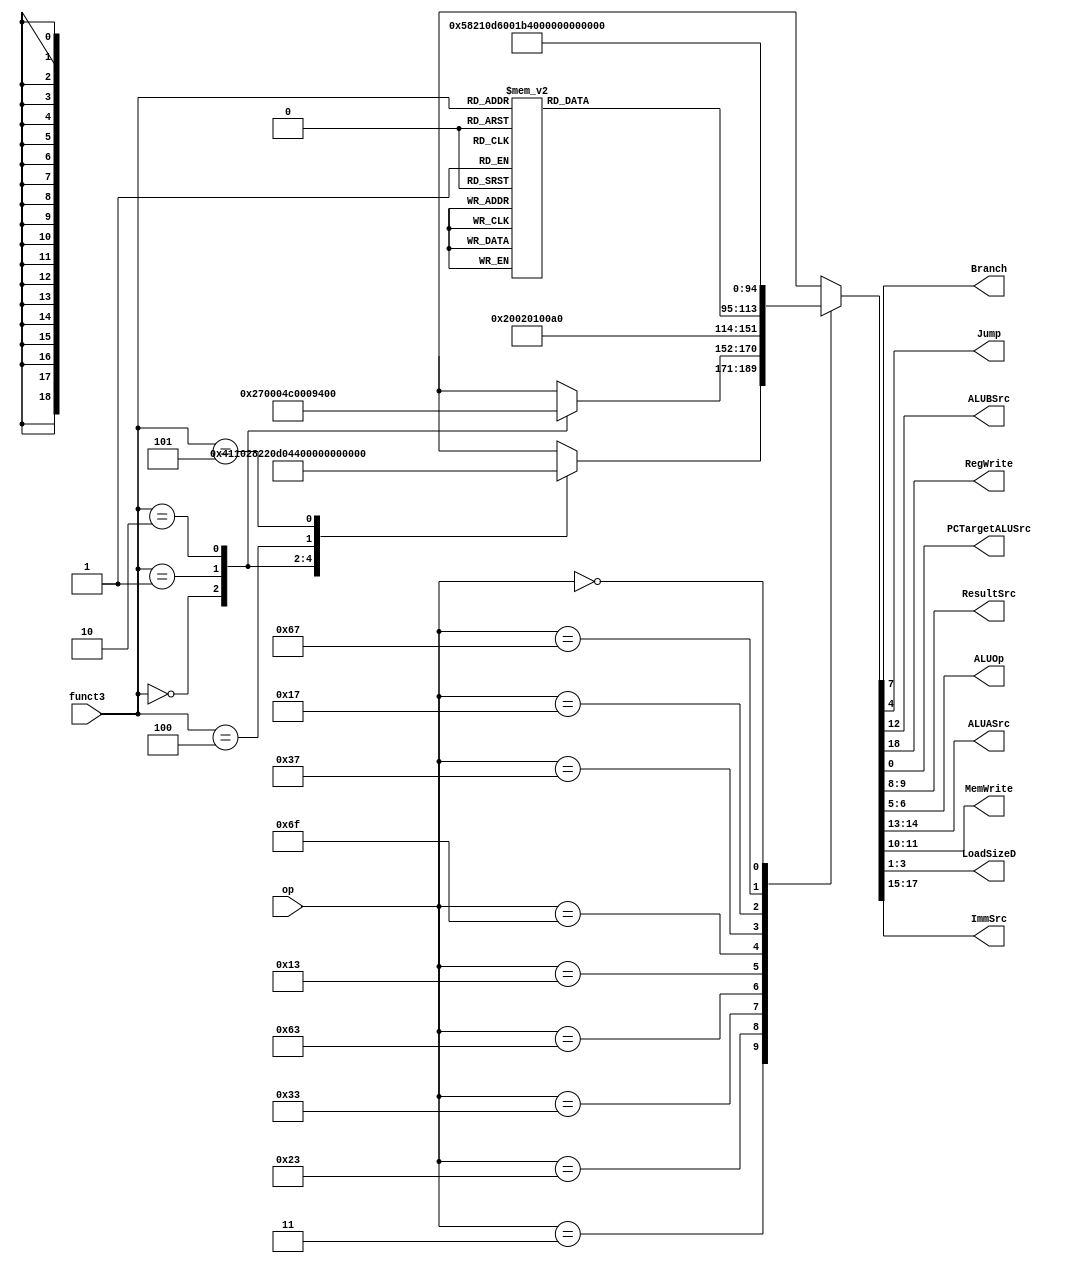
module maindec(							//This will decode what type of instruction we are using
	input   [6:0] op,
	input  [2:0] funct3,
	output reg	       Branch,
					   Jump,
					   ALUBSrc,
					   RegWrite,
					   PCTargetALUSrc,
	output reg [1:0]   ResultSrc,
					   ALUOp,
					   ALUASrc,
					   MemWrite,
	output reg   [2:0] LoadSizeD,ImmSrc
	
);				// Port Declarations

reg [18:0] controls;

always@(*) begin
	{RegWrite, ImmSrc, ALUASrc, ALUBSrc, 
	MemWrite, ResultSrc, Branch, ALUOp, 
	Jump, LoadSizeD,PCTargetALUSrc} = controls;
end
always@(*) begin
	case (op)
		7'b0000011: case(funct3)
						3'b000: controls = 19'b1_000_00_1_00_01_0_00_0_001_0;	//lb
						3'b001: controls = 19'b1_000_00_1_00_01_0_00_0_011_0;	//lh
						3'b010: controls = 19'b1_000_00_1_00_01_0_00_0_000_0;	//lw
						3'b100: controls = 19'b1_000_00_1_00_01_0_00_0_010_0;	//lbu
						3'b101: controls = 19'b1_000_00_1_00_01_0_00_0_100_0;	//lhu
						default:controls = 19'bx_xxx_xx_x_xx_xx_x_xx_x_xxx_x;   //?
					endcase
		7'b0100011: case(funct3)
						3'b000: controls = 19'b0_001_00_1_11_00_0_00_0_000_0;	//sb
						3'b001: controls = 19'b0_001_00_1_10_00_0_00_0_000_0;	//sh
						3'b010: controls = 19'b0_001_00_1_01_00_0_00_0_000_0;	//sw
					    default:controls = 19'bx_xxx_xx_x_xx_xx_x_xx_x_xxx_x;   //?
					endcase
		7'b0110011: 			controls = 19'b1_000_00_0_00_00_0_10_0_000_0;	//R-type
		7'b1100011: 			controls = 19'b0_010_00_0_00_00_1_01_0_000_0;	//beq
		//I-type ALU or shift
		7'b0010011: case (funct3)
						3'b000,3'b010,3'b011,3'b100,3'b110,3'b111: controls = 19'b1_000_00_1_00_00_0_10_0_000_0;	//I-type ALU
						3'b001,3'b101					         : controls = 19'b1_100_00_1_00_00_0_10_0_000_0;	//I-type Shift
						default									 : controls = 19'bx_xxx_xx_x_xx_xx_x_xx_x_xxx_x;	//unknown
					endcase											//I-type shift 
		7'b1101111: 			controls = 19'b1_011_00_0_00_10_0_00_1_000_0;  //jal
		7'b0110111: 			controls = 19'b1_101_01_1_00_00_0_00_0_000_0;  //U-type lui
		7'b0010111: 			controls = 19'b1_101_10_1_00_00_0_00_0_000_0; //U-type auipc
		7'b1100111: 			controls = 19'b1_000_00_1_00_10_0_00_1_000_1; //jalr
		7'b0000000: 			controls = 19'b0_000_00_0_00_00_0_00_0_000_0;	//reset
		default: 				controls = 19'bx_xxx_xx_x_xx_xx_x_xx_x_xxx_x;	//unknown
	endcase

end

endmodule